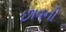
છાવની